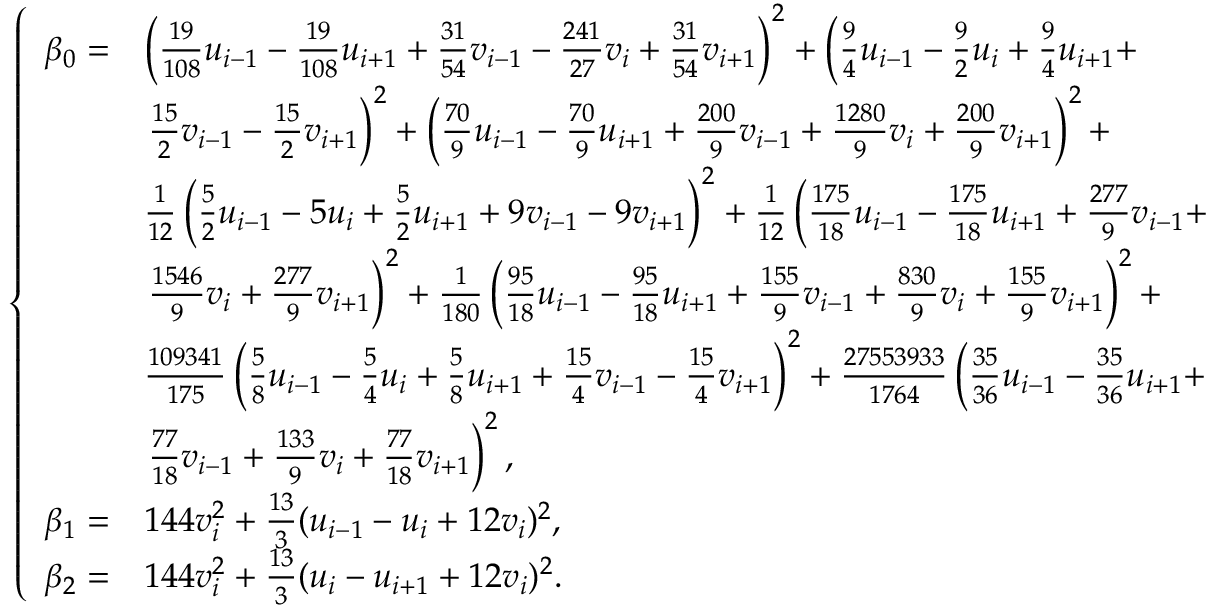
\begin{array} { r } { \left\{ \begin{array} { r l } { \beta _ { 0 } = } & { \left( \frac { 1 9 } { 1 0 8 } { u } _ { i - 1 } - \frac { 1 9 } { 1 0 8 } { u } _ { i + 1 } + \frac { 3 1 } { 5 4 } { v } _ { i - 1 } - \frac { 2 4 1 } { 2 7 } { v } _ { i } + \frac { 3 1 } { 5 4 } { v } _ { i + 1 } \right) ^ { 2 } + \left( \frac { 9 } { 4 } { u } _ { i - 1 } - \frac { 9 } { 2 } { u } _ { i } + \frac { 9 } { 4 } { u } _ { i + 1 } + \right. } \\ & { \left. \frac { 1 5 } { 2 } { v } _ { i - 1 } - \frac { 1 5 } { 2 } { v } _ { i + 1 } \right) ^ { 2 } + \left( \frac { 7 0 } { 9 } { u } _ { i - 1 } - \frac { 7 0 } { 9 } { u } _ { i + 1 } + \frac { 2 0 0 } { 9 } { v } _ { i - 1 } + \frac { 1 2 8 0 } { 9 } { v } _ { i } + \frac { 2 0 0 } { 9 } { v } _ { i + 1 } \right) ^ { 2 } + } \\ & { \frac { 1 } { 1 2 } \left( \frac { 5 } { 2 } { u } _ { i - 1 } - 5 { u } _ { i } + \frac { 5 } { 2 } { u } _ { i + 1 } + 9 { v } _ { i - 1 } - 9 { v } _ { i + 1 } \right) ^ { 2 } + \frac { 1 } { 1 2 } \left( \frac { 1 7 5 } { 1 8 } { u } _ { i - 1 } - \frac { 1 7 5 } { 1 8 } { u } _ { i + 1 } + \frac { 2 7 7 } { 9 } { v } _ { i - 1 } + \right. } \\ & { \left. \frac { 1 5 4 6 } { 9 } { v } _ { i } + \frac { 2 7 7 } { 9 } { v } _ { i + 1 } \right) ^ { 2 } + \frac { 1 } { 1 8 0 } \left( \frac { 9 5 } { 1 8 } { u } _ { i - 1 } - \frac { 9 5 } { 1 8 } { u } _ { i + 1 } + \frac { 1 5 5 } { 9 } { v } _ { i - 1 } + \frac { 8 3 0 } { 9 } { v } _ { i } + \frac { 1 5 5 } { 9 } { v } _ { i + 1 } \right) ^ { 2 } + } \\ & { \frac { 1 0 9 3 4 1 } { 1 7 5 } \left( \frac { 5 } { 8 } { u } _ { i - 1 } - \frac { 5 } { 4 } { u } _ { i } + \frac { 5 } { 8 } { u } _ { i + 1 } + \frac { 1 5 } { 4 } { v } _ { i - 1 } - \frac { 1 5 } { 4 } { v } _ { i + 1 } \right) ^ { 2 } + \frac { 2 7 5 5 3 9 3 3 } { 1 7 6 4 } \left( \frac { 3 5 } { 3 6 } { u } _ { i - 1 } - \frac { 3 5 } { 3 6 } { u } _ { i + 1 } + \right. } \\ & { \left. \frac { 7 7 } { 1 8 } { v } _ { i - 1 } + \frac { 1 3 3 } { 9 } { v } _ { i } + \frac { 7 7 } { 1 8 } { v } _ { i + 1 } \right) ^ { 2 } , } \\ { \beta _ { 1 } = } & { 1 4 4 v _ { i } ^ { 2 } + \frac { 1 3 } { 3 } ( u _ { i - 1 } - u _ { i } + 1 2 v _ { i } ) ^ { 2 } , } \\ { \beta _ { 2 } = } & { 1 4 4 v _ { i } ^ { 2 } + \frac { 1 3 } { 3 } ( u _ { i } - u _ { i + 1 } + 1 2 v _ { i } ) ^ { 2 } . } \end{array} \right. } \end{array}